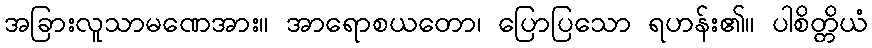
အခြားလူသာမဏေအား။ အာရောစယတော၊ ပြောပြသော ရဟန်း၏။ ပါစိတ္တိယံ